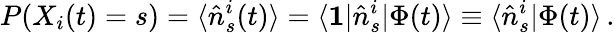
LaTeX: P(X_{i}(t)=s)=\langle\hat{n}_{s}^{i}(t)\rangle=\langle\mathbf{1}|\hat{n}_{s}^{i}|\Phi(t)\rangle\equiv\langle\hat{n}_{s}^{i}|\Phi(t)\rangle\, .